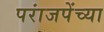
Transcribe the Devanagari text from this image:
परांजपेंच्या